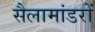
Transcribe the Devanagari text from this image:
सैलामांडरों